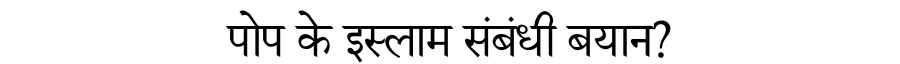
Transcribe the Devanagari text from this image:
पोप के इस्लाम संबंधी बयान?